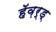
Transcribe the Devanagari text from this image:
हॅव़र्ड्